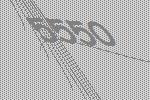
5550